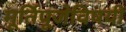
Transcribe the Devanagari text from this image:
मूर्तिपूजेविषयी